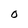
Character: O